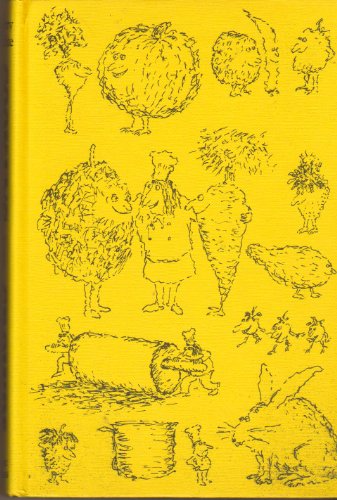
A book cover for Cooking for Crowds; Merry White; Cookbooks, Food & Wine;